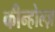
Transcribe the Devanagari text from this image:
कीन्होल्ज़